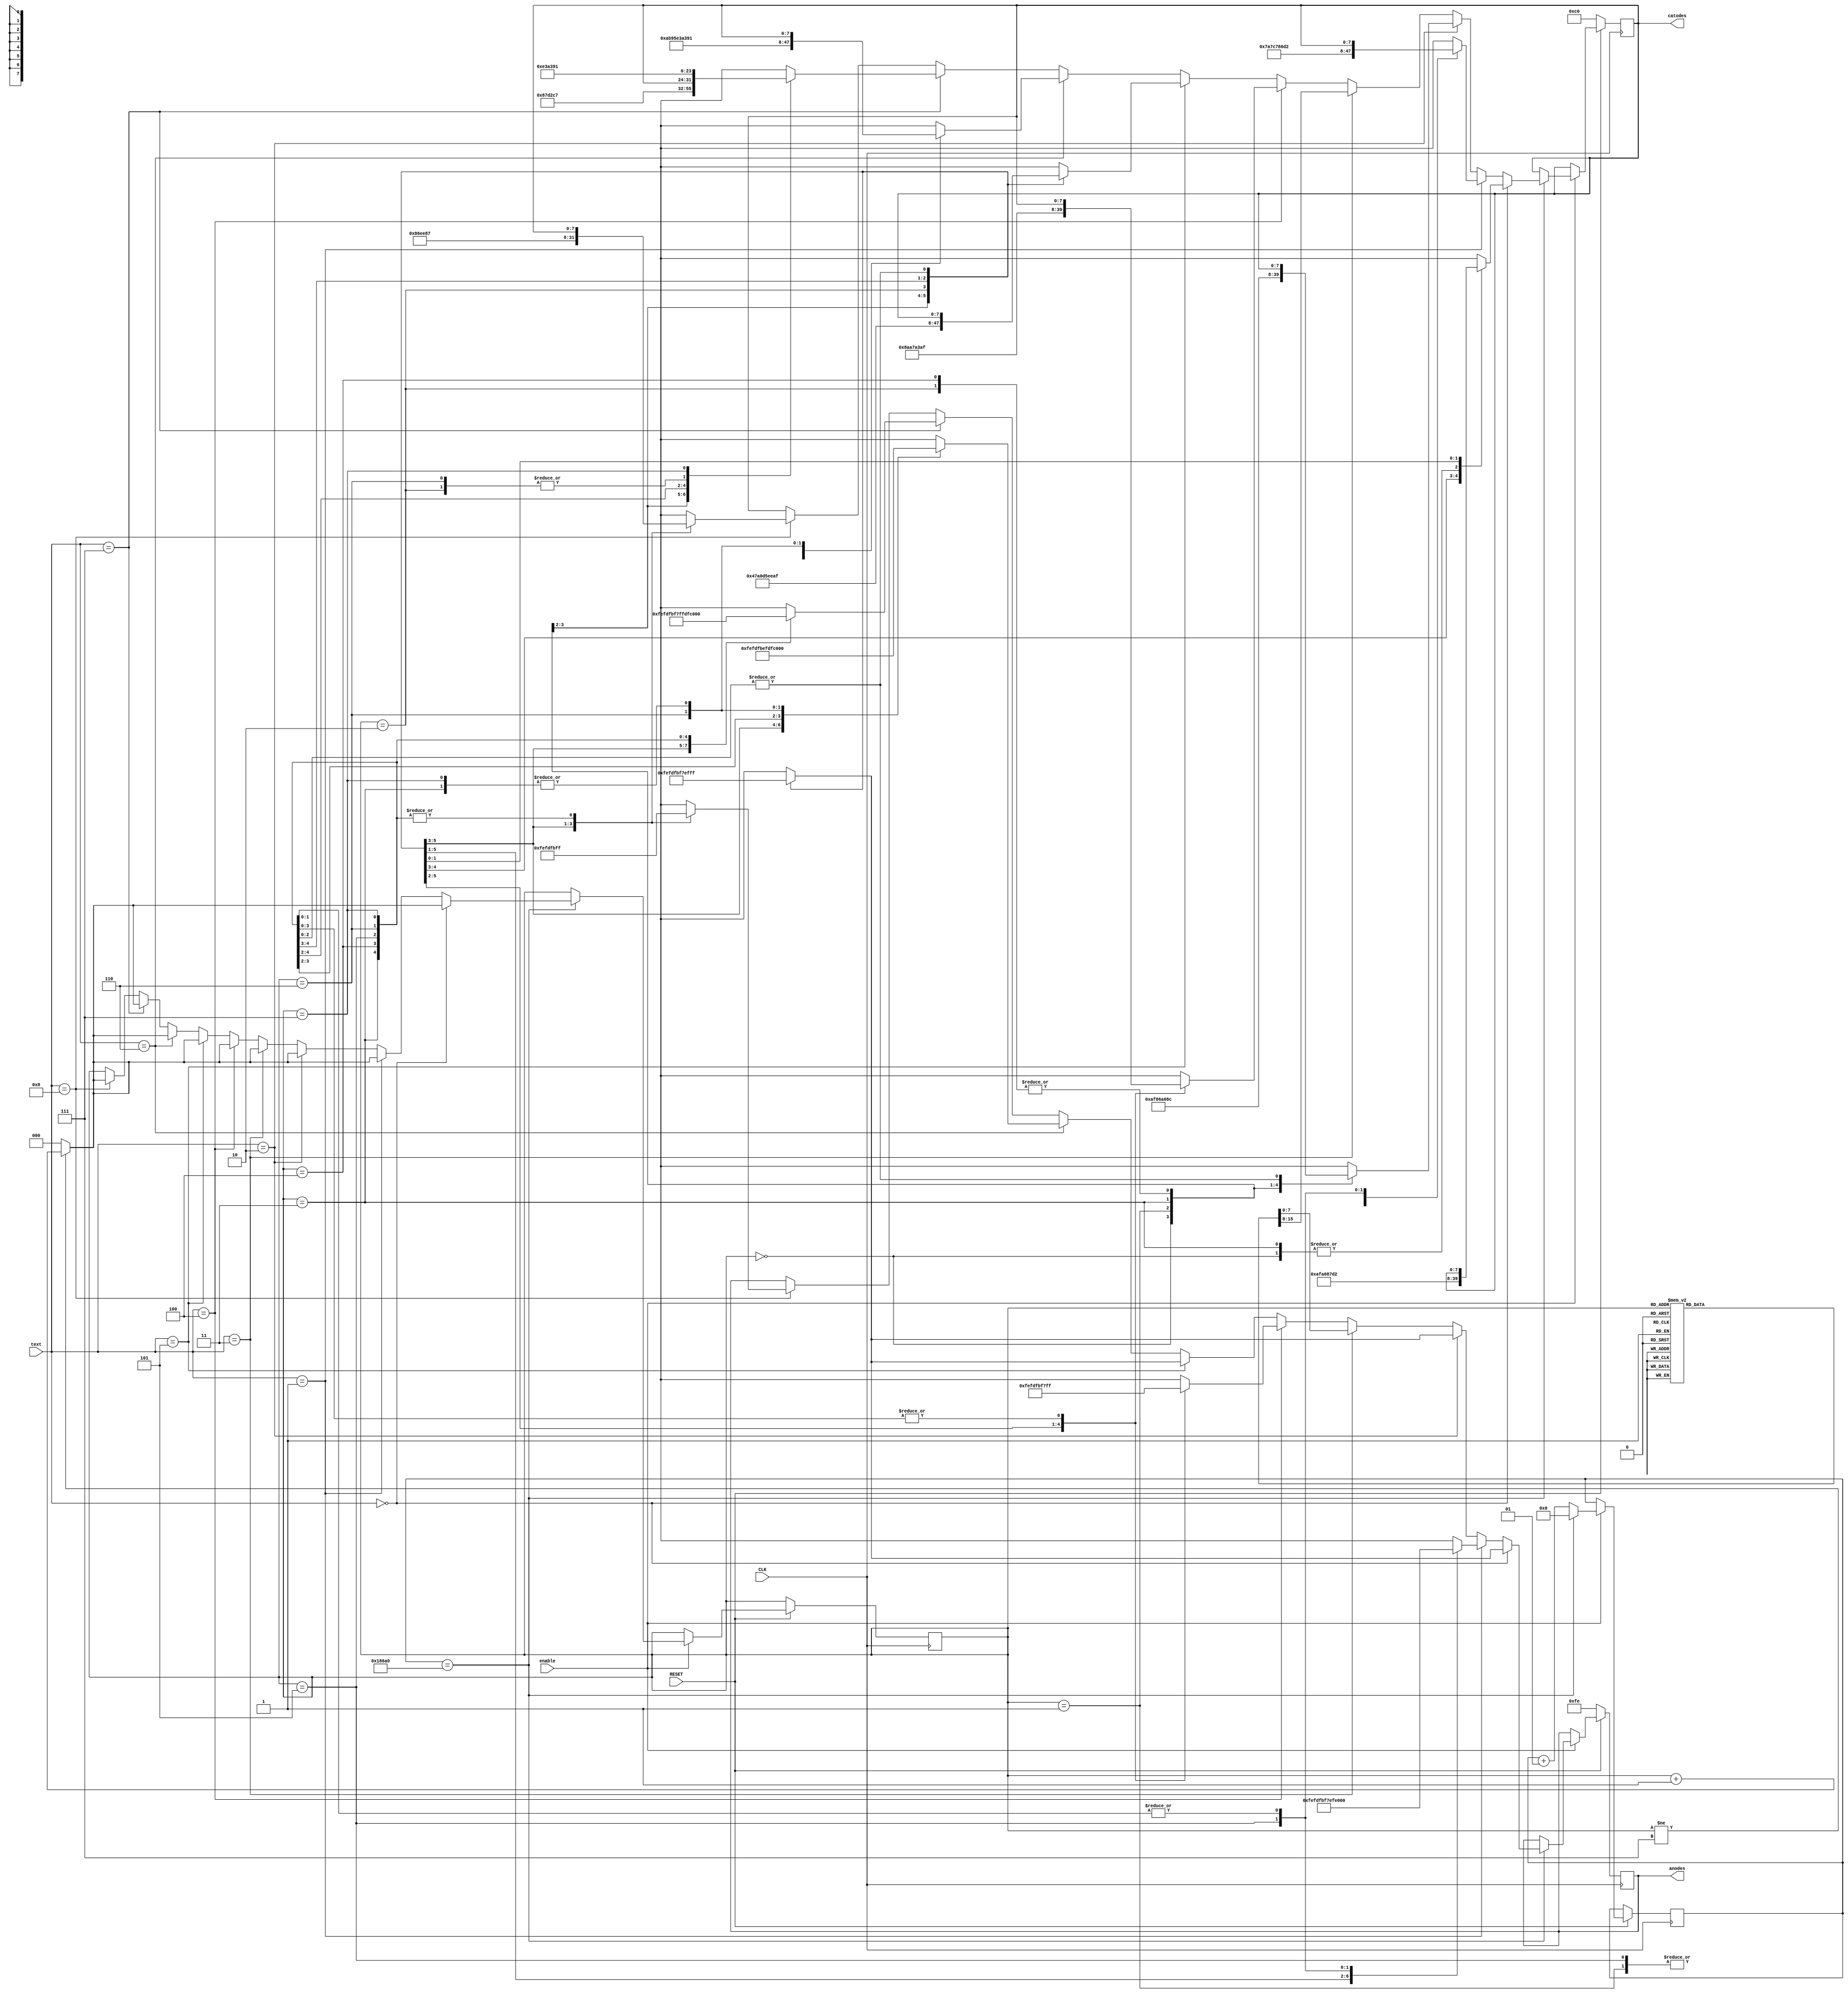
/*
    Created by Jorge Muoz Taylor
    Carn A53863
    IE0424
    Laboratory 8
    II-2020
*/

/* Define the code of the letter that will be used in the program */
`define A 8'b1010_0000
`define C 8'b1010_0111
`define E 8'b1000_0110 
`define I 8'b1110_1110
`define K 8'b1000_1010
`define L 8'b1100_0111
`define N 8'b1010_1011
`define O 8'b1010_0011
`define P 8'b1000_1100
`define R 8'b1010_1111
`define S 8'b1101_0010
`define T 8'b1000_0111
`define U 8'b1110_0011
`define V 8'b1101_0101
`define W 8'b1001_0101
`define Y 8'b1001_0001


// Delay for refresh the 7 segment displays.
`define LIMIT 100000

/*
    Module that displays text on the 7 segment displays.
*/
module text_display
(
    input        CLK,
    input        RESET,
    input        enable,
    input  [3:0] text,

    output reg [7:0] catodes,
    output reg [7:0] anodes
);
    reg [2:0] counter     = 0; // Used to refresh every display, ie: if 0 then the display 0 is on, etc.
    integer   num_counter = 0; // Counter used to activate every display, one by one.

    /**/
    always @( posedge CLK )
    begin
        if ( RESET==1 )
        begin
            if ( enable == 1 )
            begin
                if ( num_counter == `LIMIT )
                begin

                    // Start
                    if ( text == 0 )
                    begin   
                        
                        case (counter)
                            3'b000: 
                            begin
                                anodes  = 8'b1111_1110;
                                catodes = `T;
                            end
                            3'b001:
                            begin
                                anodes  = 8'b1111_1101;
                                catodes = `R;
                            end
                            3'b010:
                            begin
                                anodes  = 8'b1111_1011;
                                catodes = `A;
                            end
                            3'b011:
                            begin
                                anodes  = 8'b1111_0111;
                                catodes = `T;
                            end
                            3'b100:
                            begin
                                anodes  = 8'b1110_1111;
                                catodes = `S;
                            end
                            3'b101: anodes  = 8'b1111_1111;  
                            3'b110: anodes  = 8'b1111_1111;
                            3'b111: anodes  = 8'b1111_1111;
                            default: anodes  = 8'b1000_0000;
                        endcase

                        if (counter !=7 ) counter = counter+1;
                        else              counter = 0;

                    end

                    // Select:
                    else if ( text == 1 )
                    begin
                        case (counter)
                            3'b000: 
                            begin
                                anodes  = 8'b1111_1110;
                                catodes = 8'b0000_0111;
                            end
                            3'b001:
                            begin
                                anodes  = 8'b1111_1101;
                                catodes = `C;
                            end
                            3'b010:
                            begin
                                anodes  = 8'b1111_1011;
                                catodes = `E;
                            end
                            3'b011:
                            begin
                                anodes  = 8'b1111_0111;
                                catodes = `L;
                            end
                            3'b100:
                            begin
                                anodes  = 8'b1110_1111;
                                catodes = `E;
                            end
                            3'b101:
                            begin
                                anodes  = 8'b1101_1111;
                                catodes = `S;
                            end 
                            3'b110: anodes  = 8'b1111_1111;
                            3'b111: anodes  = 8'b1111_1111; 
                            default: anodes  = 8'b1000_0000;
                        endcase

                        if (counter !=7 ) counter = counter+1;
                        else              counter = 0;                
                    end
        
                    // Paper
                    else if ( text == 2 )
                    begin
                        case (counter)
                            3'b000: 
                            begin
                                anodes  = 8'b1111_1110;
                                catodes = `R;
                            end
                            3'b001:
                            begin
                                anodes  = 8'b1111_1101;
                                catodes = `E;
                            end
                            3'b010:
                            begin
                                anodes  = 8'b1111_1011;
                                catodes = `P;
                            end
                            3'b011:
                            begin
                                anodes  = 8'b1111_0111;
                                catodes = `A;
                            end
                            3'b100:
                            begin
                                anodes  = 8'b1110_1111;
                                catodes = `P;
                            end
                            3'b101: anodes  = 8'b1111_1111;
                            3'b110: anodes  = 8'b1111_1111;
                            3'b111: anodes  = 8'b1111_1111;
                            default: anodes  = 8'b1000_0000;
                        endcase

                        if (counter !=7 ) counter = counter+1;
                        else              counter = 0;                       
                    end
        
                    // Scissors
                    else if ( text == 3 )
                    begin
                        case (counter)
                            3'b000: 
                            begin
                                anodes  = 8'b1111_1110;
                                catodes = `S;
                            end
                            3'b001:
                            begin
                                anodes  = 8'b1111_1101;
                                catodes = `R;
                            end
                            3'b010:
                            begin
                                anodes  = 8'b1111_1011;
                                catodes = `O;
                            end
                            3'b011:
                            begin
                                anodes  = 8'b1111_0111;
                                catodes = `S;
                            end
                            3'b100:
                            begin
                                anodes  = 8'b1110_1111;
                                catodes = `S;
                            end
                            3'b101: 
                            begin
                                anodes  = 8'b1101_1111;
                                catodes = `I;
                            end
                            3'b110: 
                            begin
                                anodes  = 8'b1011_1111;
                                catodes = `C;
                            end
                            3'b111: 
                            begin
                                anodes  = 8'b0111_1111;
                                catodes = `S;
                            end
                            default: anodes  = 8'b1000_0000;
                        endcase

                        if (counter !=7 ) counter = counter+1;
                        else              counter = 0;         
                    end
        
                    // Rock
                    else if ( text == 4 )
                    begin
                        case (counter)
                            3'b000: 
                            begin
                                anodes  = 8'b1111_1110;
                                catodes = `K;
                            end
                            3'b001:
                            begin
                                anodes  = 8'b1111_1101;
                                catodes = `C;
                            end
                            3'b010:
                            begin
                                anodes  = 8'b1111_1011;
                                catodes = `O;
                            end
                            3'b011:
                            begin
                                anodes  = 8'b1111_0111;
                                catodes = `R;
                            end
                            3'b100: anodes  = 8'b1111_1111;
                            3'b101: anodes  = 8'b1111_1111;
                            3'b110: anodes  = 8'b1111_1111;
                            3'b111: anodes  = 8'b1111_1111;
                            default: anodes  = 8'b1000_0000;
                        endcase

                        if (counter !=7 ) counter = counter+1;
                        else              counter = 0;       
                    end
        
                    // Rival
                    else if ( text == 5 )
                    begin
                        case (counter)
                            3'b000: 
                            begin
                                anodes  = 8'b1111_1110;
                                catodes = 8'b0100_0111;
                            end
                            3'b001:
                            begin
                                anodes  = 8'b1111_1101;
                                catodes = `A;
                            end
                            3'b010:
                            begin
                                anodes  = 8'b1111_1011;
                                catodes = `V;
                            end
                            3'b011:
                            begin
                                anodes  = 8'b1111_0111;
                                catodes = `I;
                            end
                            3'b100:
                            begin
                                anodes  = 8'b1110_1111;
                                catodes = `R;
                            end
                            3'b101: anodes  = 8'b1111_1111;
                            3'b110: anodes  = 8'b1111_1111;
                            3'b111: anodes  = 8'b1111_1111;
                            default: anodes  = 8'b1000_0000;
                        endcase

                        if (counter !=7 ) counter = counter+1;
                        else              counter = 0;             
                    end
        
                    // You won
                    else if ( text == 6 )
                    begin
                        case (counter)
                            3'b000: 
                            begin
                                anodes  = 8'b1111_1110;
                                catodes = `N;
                            end
                            3'b001:
                            begin
                                anodes  = 8'b1111_1101;
                                catodes = `O;
                            end
                            3'b010:
                            begin
                                anodes  = 8'b1111_1011;
                                catodes = `W;
                            end
                            3'b011: anodes  = 8'b1111_1111;

                            3'b100:
                            begin
                                anodes  = 8'b1110_1111;
                                catodes = `U;
                            end
                            3'b101: 
                            begin
                                anodes  = 8'b1101_1111;
                                catodes = `O;
                            end
                            3'b110: 
                            begin
                                anodes  = 8'b1011_1111;
                                catodes = `Y;
                            end
                            3'b111: anodes  = 8'b1111_1111;
                            default: anodes  = 8'b1000_0000;
                        endcase

                        if (counter !=7 ) counter = counter+1;
                        else              counter = 0;             
                    end
        
                    // You lost
                    else if ( text == 7 )
                    begin
                        case (counter)
                            3'b000: 
                            begin
                                anodes  = 8'b1111_1110;
                                catodes = `T;
                            end
                            3'b001:
                            begin
                                anodes  = 8'b1111_1101;
                                catodes = `S;
                            end
                            3'b010:
                            begin
                                anodes  = 8'b1111_1011;
                                catodes = `O;
                            end
                            3'b011:
                            begin
                                anodes  = 8'b1111_0111;
                                catodes = `L;
                            end

                            3'b100: anodes  = 8'b1111_1111;

                            3'b101:
                            begin
                                anodes  = 8'b1101_1111;
                                catodes = `U;
                            end
                            3'b110: 
                            begin
                                anodes  = 8'b1011_1111;
                                catodes = `O;
                            end
                            3'b111: 
                            begin
                                anodes  = 8'b0111_1111;
                                catodes = `Y;
                            end
                            
                            default: anodes = 8'b1000_0000;
                        endcase

                        if (counter !=7 ) counter = counter+1;
                        else              counter = 0;           
                    end
        
                    // Tie
                    else if ( text == 8 )
                    begin
                        case (counter)
                            3'b000: 
                            begin
                                anodes  = 8'b1111_1110;
                                catodes = `E;
                            end
                            3'b001:
                            begin
                                anodes  = 8'b1111_1101;
                                catodes = `I;
                            end
                            3'b010:
                            begin
                                anodes  = 8'b1111_1011;
                                catodes = `T;
                            end
                            3'b011: anodes  = 8'b1111_1111;
                            3'b100: anodes  = 8'b1111_1111;
                            3'b101: anodes  = 8'b1111_1111; 
                            3'b110: anodes  = 8'b1111_1111;
                            3'b111: anodes  = 8'b1111_1111;
                            default: anodes  = 8'b1000_0000;
                        endcase

                        if (counter !=7 ) counter = counter+1;
                        else              counter = 0;                    
                    end

                    // Re-init the num_counter (delay).
                    num_counter = 0;

                end
                else 
                    num_counter = num_counter+1;
            end
        end

        // When reset only the first display is on, and it shows a 0.
        else
        begin
            anodes  = 8'b1111_1110;
            catodes = 8'b1100_0000;
        end

    end // Always end

endmodule